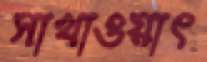
সাখাওয়াৎ